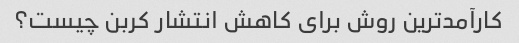
کارآمدترین روش برای کاهش انتشار کربن چیست؟